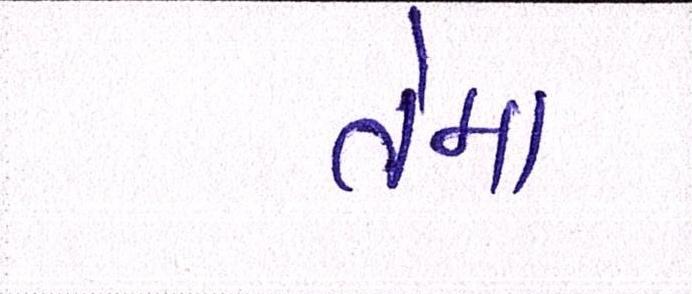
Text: તેમા